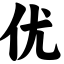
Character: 优